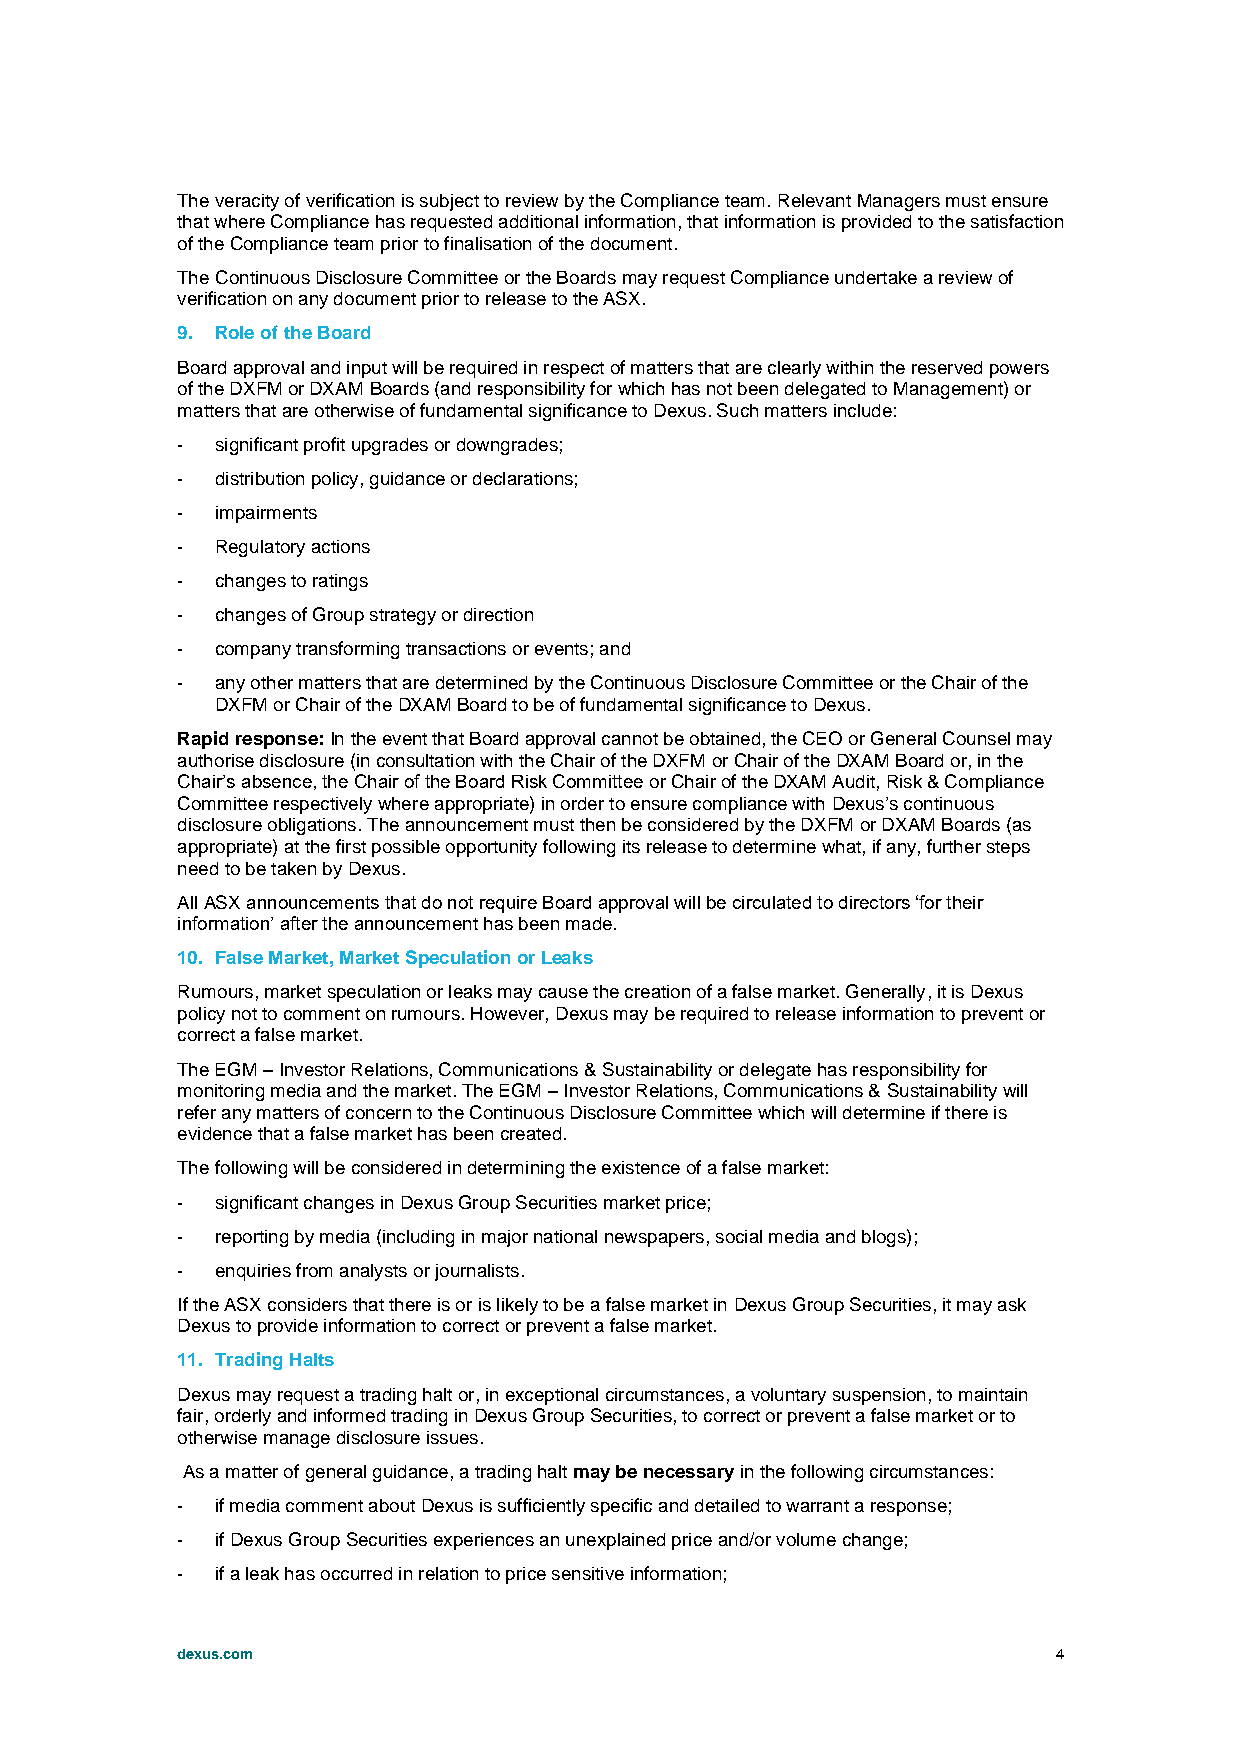
The veracity of verification is subject to review by the Compliance team. Relevant Managers must ensure
 that where Compliance has requested additional information, that information is provided to the satisfaction
 of the Compliance team prior to finalisation of the document.
 The Continuous Disclosure Committee or the Boards may request Compliance undertake a review of
 verification on any document prior to release to the ASX.
 9. Role of the Board
 Board approval and input will be required in respect of matters that are clearly within the reserved powers
 of the DXFM or DXAM Boards (and responsibility for which has not been delegated to Management) or
 matters that are otherwise of fundamental significance to Dexus. Such matters include:
 - significant profit upgrades or downgrades;
 - distribution policy, guidance or declarations;
 - impairments
 - Regulatory actions
 - changes to ratings
 - changes of Group strategy or direction
 - company transforming transactions or events; and
 - any other matters that are determined by the Continuous Disclosure Committee or the Chair of the
 DXFM or Chair of the DXAM Board to be of fundamental significance to Dexus.
 Rapid response: In the event that Board approval cannot be obtained, the CEO or General Counsel may
 authorise disclosure (in consultation with the Chair of the DXFM or Chair of the DXAM Board or, in the
 Chair’s absence, the Chair of the Board Risk Committee or Chair of the DXAM Audit, Risk & Compliance
 Committee respectively where appropriate) in order to ensure compliance with Dexus’s continuous
 disclosure obligations. The announcement must then be considered by the DXFM or DXAM Boards (as
 appropriate) at the first possible opportunity following its release to determine what, if any, further steps
 need to be taken by Dexus.
 All ASX announcements that do not require Board approval will be circulated to directors ‘for their
 information’ after the announcement has been made.
 10. False Market, Market Speculation or Leaks
 Rumours, market speculation or leaks may cause the creation of a false market. Generally, it is Dexus
 policy not to comment on rumours. However, Dexus may be required to release information to prevent or
 correct a false market.
 The EGM – Investor Relations, Communications & Sustainability or delegate has responsibility for
 monitoring media and the market. The EGM – Investor Relations, Communications & Sustainability will
 refer any matters of concern to the Continuous Disclosure Committee which will determine if there is
 evidence that a false market has been created.
 The following will be considered in determining the existence of a false market:
 - significant changes in Dexus Group Securities market price;
 - reporting by media (including in major national newspapers, social media and blogs);
 - enquiries from analysts or journalists.
 If the ASX considers that there is or is likely to be a false market in Dexus Group Securities, it may ask
 Dexus to provide information to correct or prevent a false market.
 11. Trading Halts
 Dexus may request a trading halt or, in exceptional circumstances, a voluntary suspension, to maintain
 fair, orderly and informed trading in Dexus Group Securities, to correct or prevent a false market or to
 otherwise manage disclosure issues.
 As a matter of general guidance, a trading halt may be necessary in the following circumstances:
 - if media comment about Dexus is sufficiently specific and detailed to warrant a response;
 - if Dexus Group Securities experiences an unexplained price and/or volume change;
 - if a leak has occurred in relation to price sensitive information;
 dexus.com                                                 4